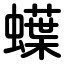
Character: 蠂